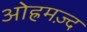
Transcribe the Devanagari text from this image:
ओह्रमज़्द